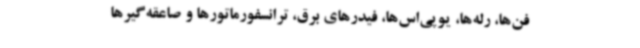
فن‌ها، رله‌ها، یوپی‌اس‌ها، فیدرهای برق، ترانسفورماتورها و صاعقه‌گیرها